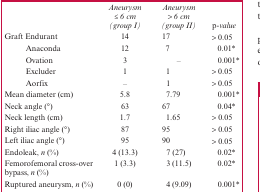
|  | Aneurysm ≤ 6 cm (group I) | Aneurysm > 6 cm (group II) | p-value |
 | --- | --- | --- | --- |
 | Graft Endurant | 14 | 17 | > 0.05 |
 | Anaconda | 12 | 7 | 0.01* |
 | Ovation | 3 | – | 0.001* |
 | Excluder | 1 | 1 | > 0.05 |
 | Aorfix | – | 1 | > 0.05 |
 | Mean diameter (cm) | 5.8 | 7.79 | 0.001* |
 | Neck angle (°) | 63 | 67 | 0.04* |
 | Neck length (cm) | 1.7 | 1.65 | > 0.05 |
 | Right iliac angle (°) | 87 | 95 | > 0.05 |
 | Left iliac angle (°) | 95 | 90 | > 0.05 |
 | Endoleak, n (%) | 4 (13.3) | 7 (27) | 0.02* |
 | Femorofemoral cross-over bypass, n (%) | 1 (3.3) | 3 (11.5) | 0.02* |
 | Ruptured aneurysm, n (%) | 0 (0) | 4 (9.09) | 0.001* |